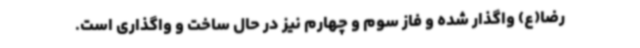
رضا(ع) واگذار شده و فاز سوم و چهارم نیز در حال ساخت و واگذاری است.